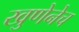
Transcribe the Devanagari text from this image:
खुणेनेच